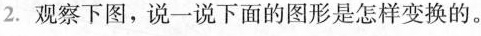
2.观察下图，说一说下面的图形是怎样变换的。